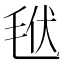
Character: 𣭩